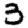
Digit: 3